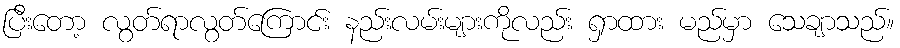
ပြီးတော့ လွတ်ရာလွတ်ကြောင်း နည်းလမ်းများကိုလည်း ရှာထား မည်မှာ သေချာသည်။